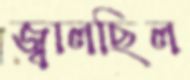
জ্বালছিল